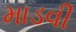
માડવી